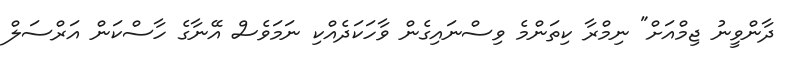
ދާންވީނު ޖިމްއަށް" ނިމްރާ ކިތަންމެ ވިސްނައިގެން ވާހަކަދެއްކި ނަމަވެސް އޭނާގެ ހާސްކަން އަރްސަލް